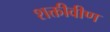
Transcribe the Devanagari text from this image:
शक्तीवीण